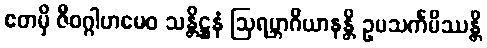
ဧတမှိ ဇီဝဂ္ဂါဟမေဝ သန္တိဋ္ဌနံ ဩရမ္ဘာဂိယာနန္တိ ဥပသင်္ကမိဿန္တိ